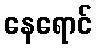
နေရောင်